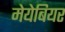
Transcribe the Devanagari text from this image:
मेयेबियर